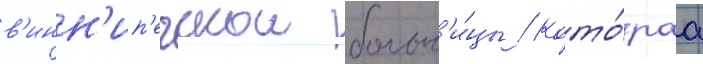
в'инн'ип'егскои больн'и́цы / кото́раа